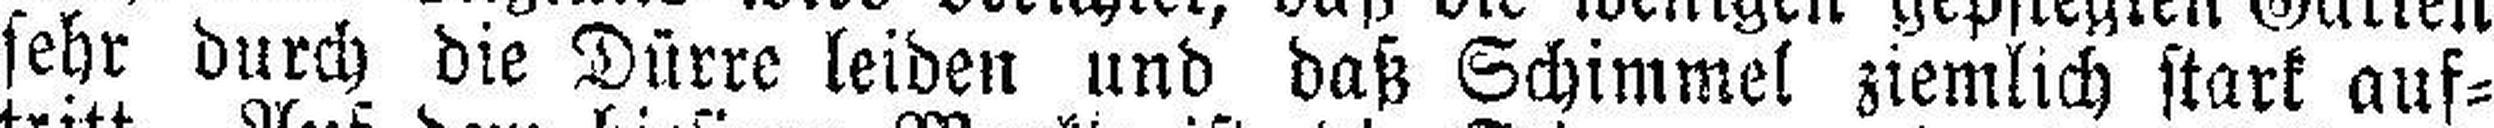
sehr durch die Dürre leiden und daß Schimmel ziemlich stark auf¬